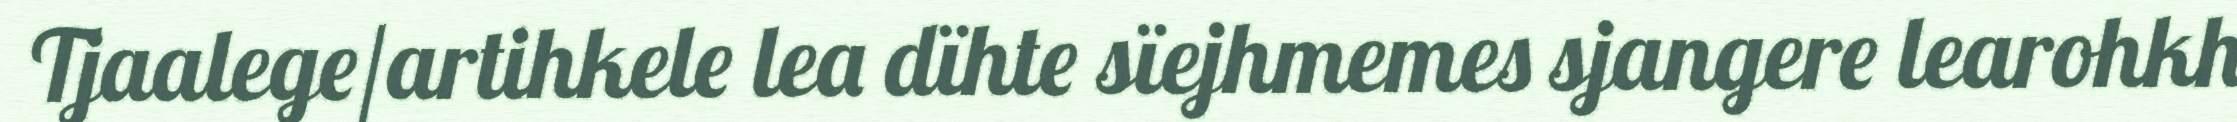
Tjaalege/artihkele lea dïhte sïejhmemes sjangere learohkh